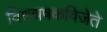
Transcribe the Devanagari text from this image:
विश्वचषकविजेते